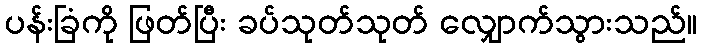
ပန်းခြံကို ဖြတ်ပြီး ခပ်သုတ်သုတ် လျှောက်သွားသည်။